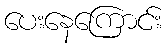
ပေးနေကြောင်း